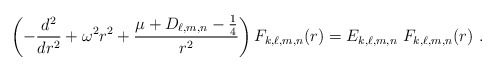
\begin{align*}\left( -\frac{d^{2}}{dr^{2}}+\omega ^{2}r^{2}+\frac{\mu +D_{\ell,m,n}-\frac{1}{4}}{r^{2}}\right) F_{k,\ell,m,n}(r)=E_{k,\ell,m,n}\ F_{k,\ell,m,n}(r) \ . \end{align*}